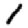
Digit: 1